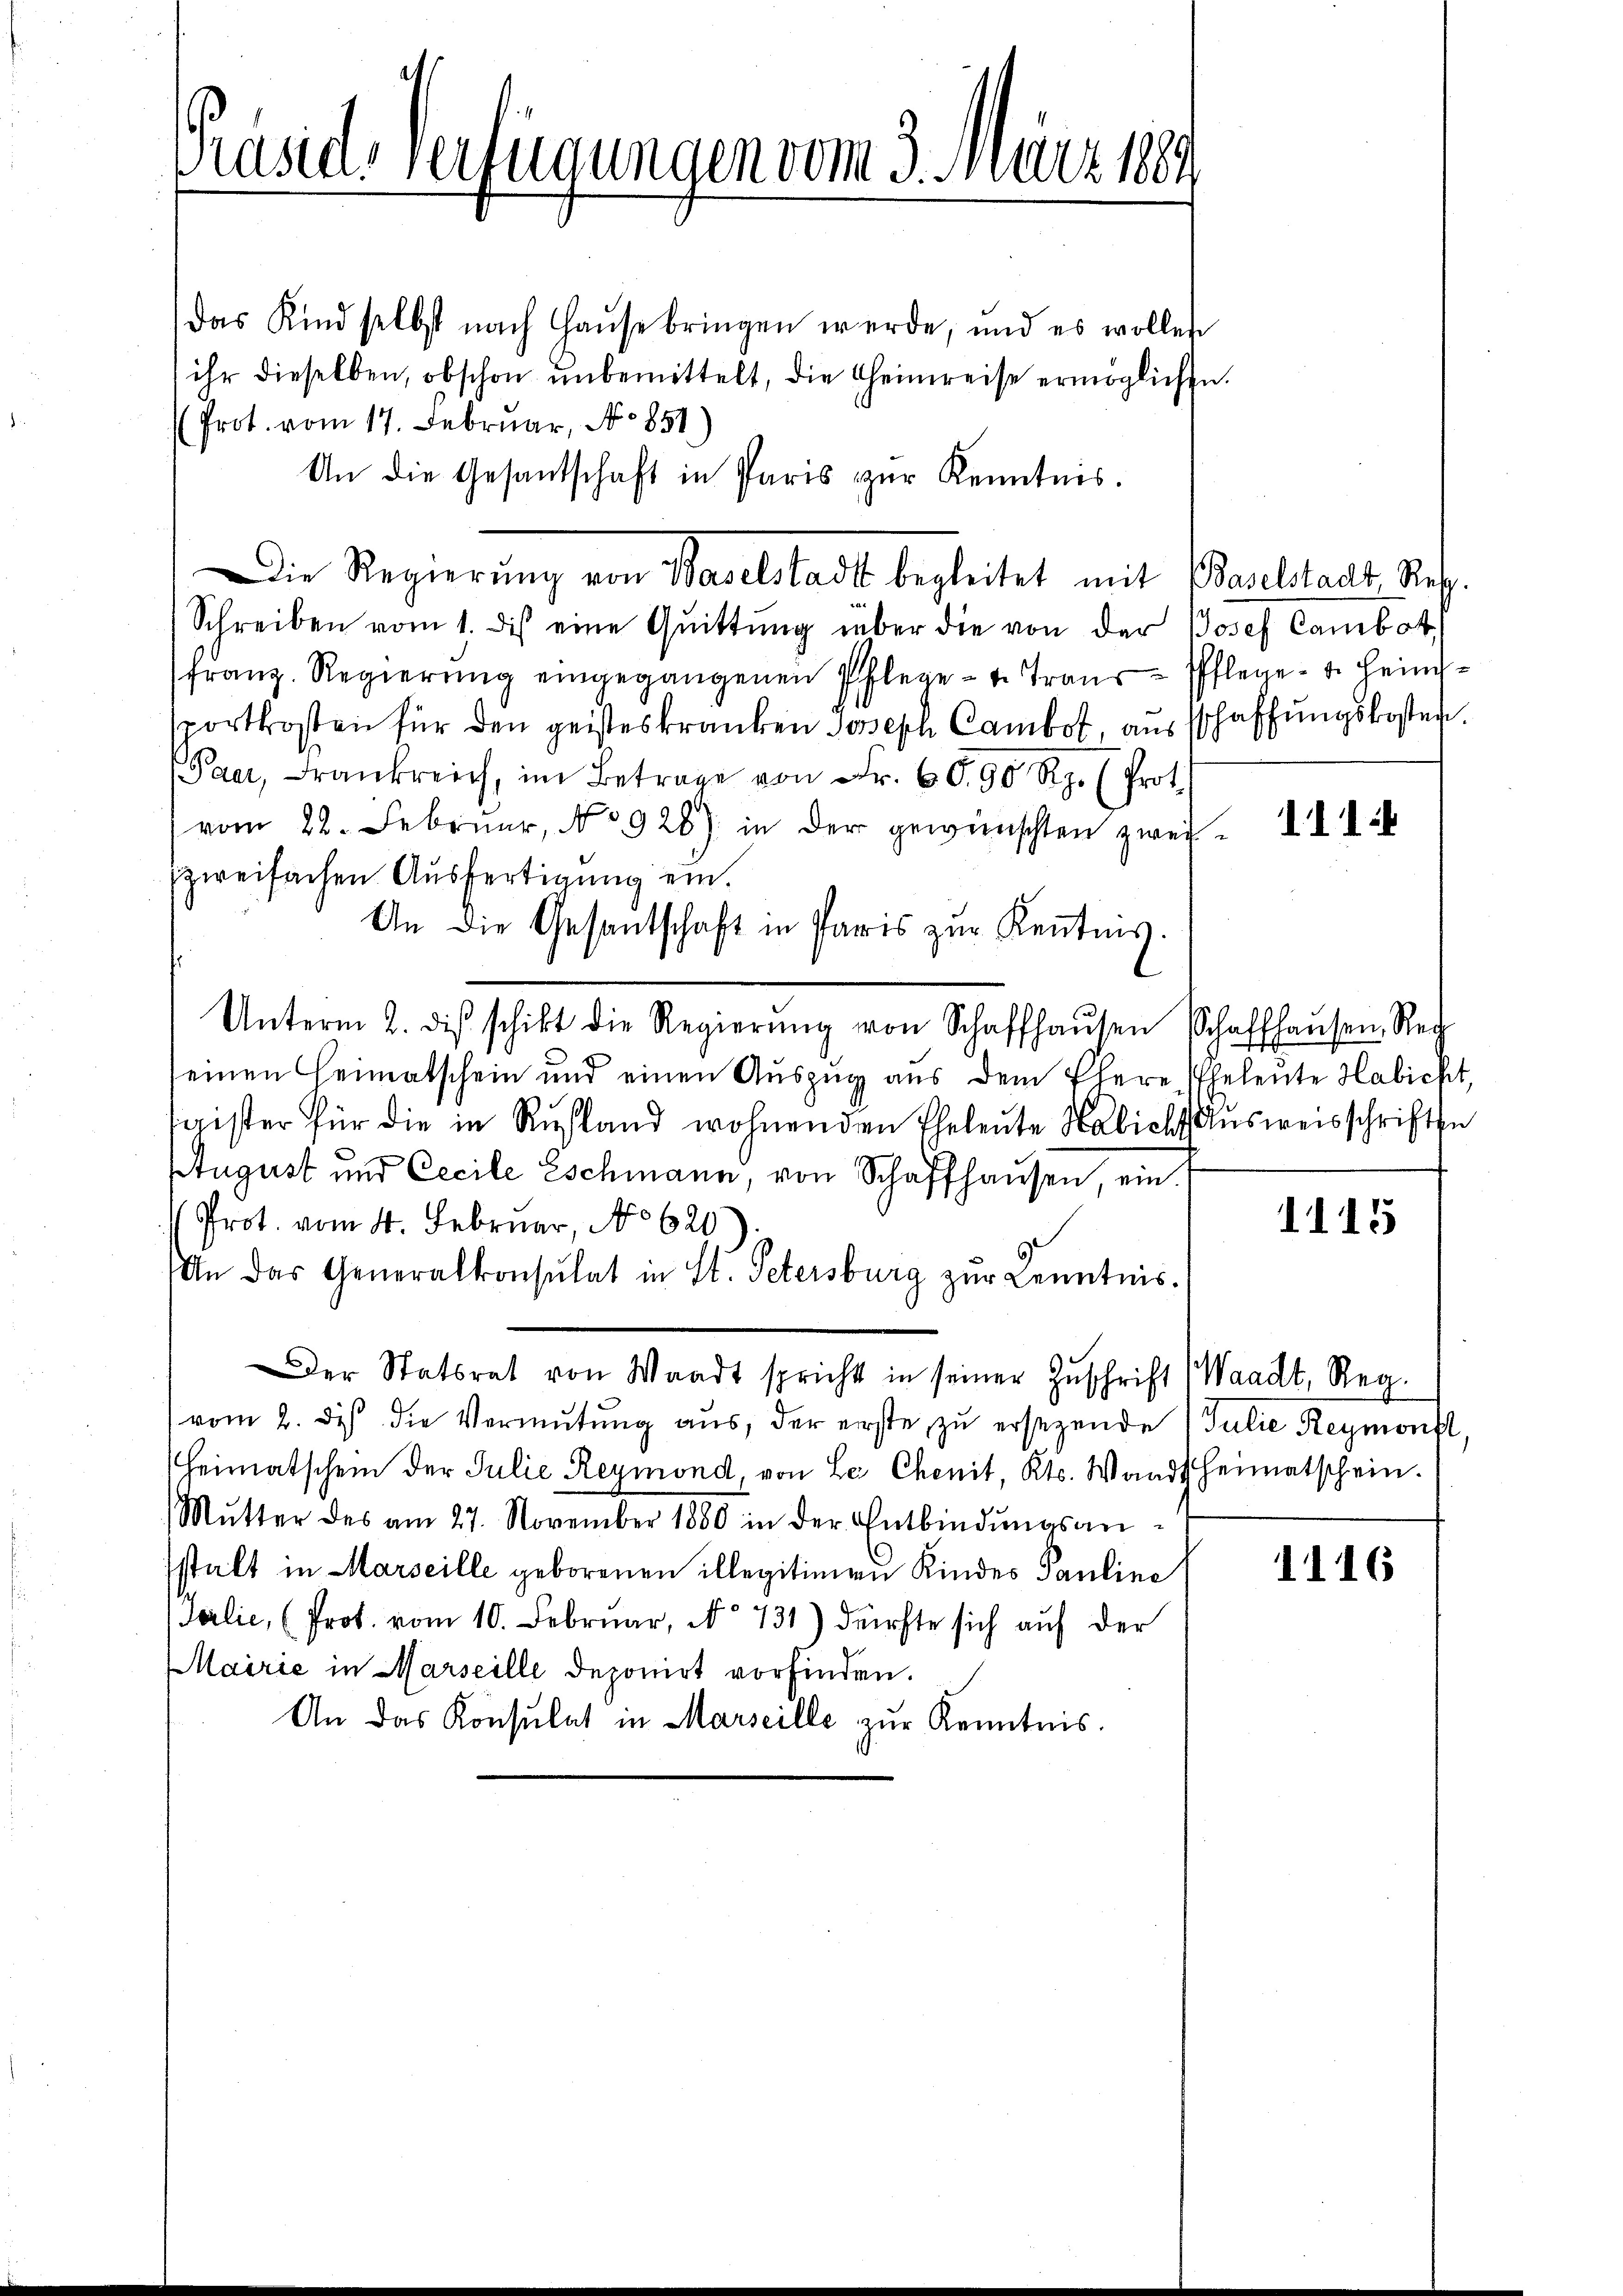
Prasias verfügungen vom 3. März 1889

das Kind selbst nach Haŭse bringen werde, und es wollen
ihr dieselben, obschon ŭnbemittelt, die Heimreise ermöglichen.
(Prot. vom 17. Februar, No 851)
An die Gesandschaft in Paris zŭr Kenntnis.
Die Regierung von Baselstadt begleitet mit (Baselstadt, Ref.
Schreiben vom 1. dis eine Quittŭng über die von der Josef Cambot
franz. Regierŭng eingegangenen Pflege - u. Trans-Pflege - u. Heimsportkosten für den geisteskranken Joseph Cambot, ausschaffungskosten.
Paar, Frankreich, im Betrage von Fr. 90 Rp. Prot.
vom 22. Februar, No 928) in der gewünschten zweizweifachen Ausfertigung ein.
An die Gesantschaft in Paris zur Kenntnis.
Unterm 2. diβ schikt die Regierŭng von Schaffhaŭsen Schaffhaŭsen Rech
seinen Heimatschein und einen Auszug aus dem Ehere Eheleute Habicht,
gister für die in Rußland wohnenden Eheleute Habicht Ausweisschriften
Stugust und Cecile Eschmann, von Schaffhaŭsen, ein.
Prot. vom 4. Februar, No 620
An das Generalkonsulat in St. Petersburg zŭr Kenntnis.
Der Statsrat von Waadt spricht in seiner Zŭschrift Waadt, Reg.
vom 2. des die Vermutung aus, der erste zŭ ersezende Julie Reymonst,
Heimatschein der Julie Reymond, von Le Chenit, Kts. Wandtheimatschein.
Mŭtter des am 27. November 1880 in der Entbindŭngsan
stalt in Marseille geborenen illegitimen Kindes Pauline
Tcilie, (Prot. vom 10. Februar, No 731) dürfte sich auf der
Mairie in Marseille deponirt vorfinden.
An das Konsulat in Marseille zur Kenntnis.

1114

1115

1116